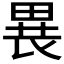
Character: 𤲐